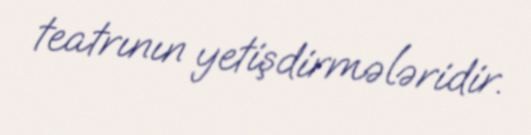
teatrının yetişdirmələridir.